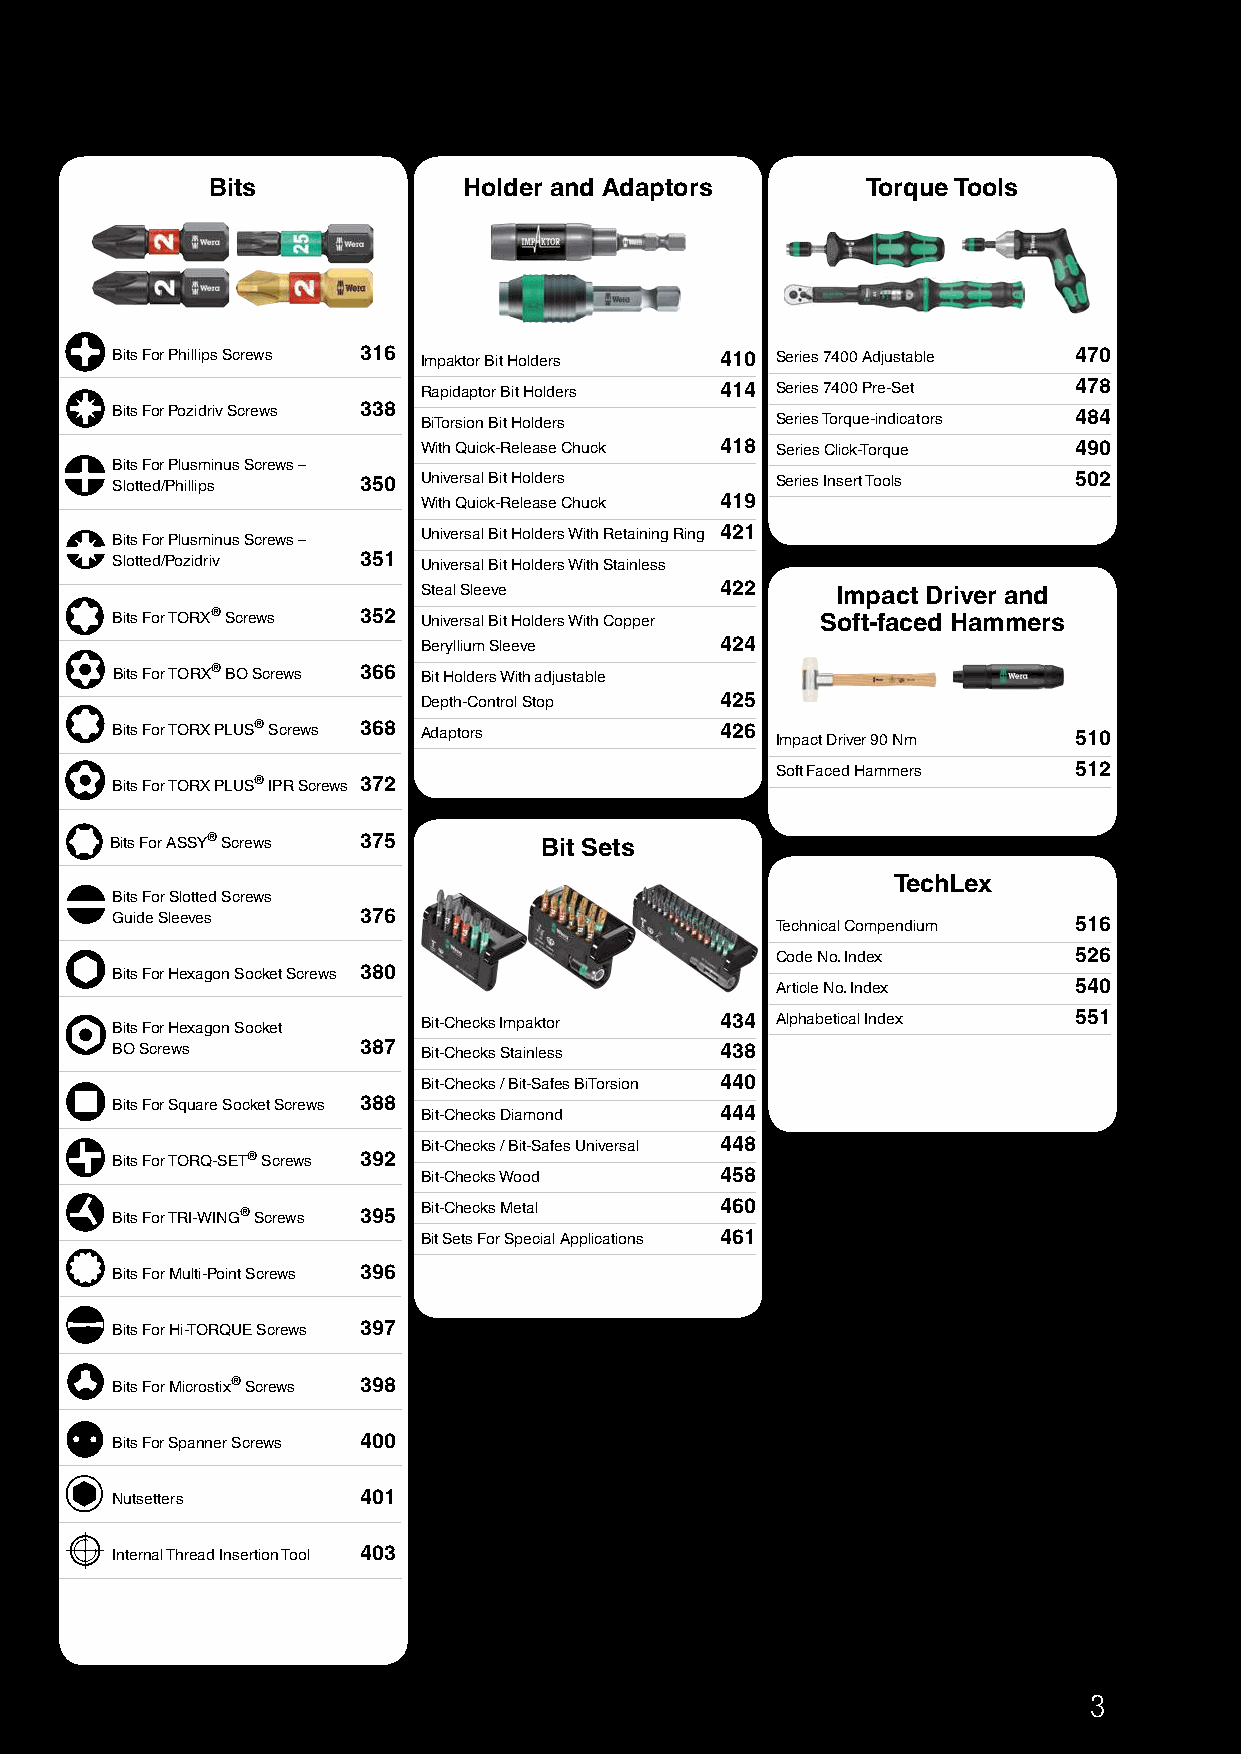
Bits             Holder and Adaptors       Torque Tools
 Bits For Phillips Screws 316 Impaktor Bit Holders 410 Series 7400 Adjustable 470
 Rapidaptor Bit Holders 414 Series 7400 Pre-Set 478
 Bits For Pozidriv Screws 338 BiTorsion Bit Holders Series Torque-indicators 484
 With Quick-Release Chuck 418 Series Click-Torque 490
 Bits For Plusminus Screws –
 Slotted/Phillips 350 Universal Bit Holders  Series Insert Tools 502
 With Quick-Release Chuck 419
 Bits For Plusminus Screws – Universal Bit Holders With Retaining Ring 421
 Slotted/Pozidriv 351 Universal Bit Holders With Stainless
 Steal Sleeve        422    Impact Driver and
 Bits For TORX® Screws 352 Universal Bit Holders With Copper Soft-faced Hammers
 Beryllium Sleeve    424
 Bits For TORX® BO Screws 366 Bit Holders With adjustable
 Depth-Control Stop  425
 Bits For TORX PLUS® Screws 368 Adaptors  426 Impact Driver 90 Nm 510
 Soft Faced Hammers  512
 Bits For TORX PLUS® IPR Screws 372
 Bits For ASSY® Screws 375    Bit Sets
 TechLex
 Bits For Slotted Screws
 Guide Sleeves    376
 Technical Compendium 516
 Code No. Index      526
 Bits For Hexagon Socket Screws 380
 Article No. Index   540
 Bits For Hexagon Socket Bit-Checks Impaktor 434 Alphabetical Index 551
 BO Screws        387 Bit-Checks Stainless 438
 Bit-Checks / Bit-Safes BiTorsion 440
 Bits For Square Socket Screws 388
 Bit-Checks Diamond  444
 Bit-Checks / Bit-Safes Universal 448
 Bits For TORQ-SET® Screws 392
 Bit-Checks Wood     458
 Bits For TRI-WING® Screws 395 Bit-Checks Metal 460
 Bit Sets For Special Applications 461
 Bits For Multi-Point Screws 396
 Bits For Hi-TORQUE Screws 397
 Bits For Microstix® Screws 398
 Bits For Spanner Screws 400
 Nutsetters       401
 Internal Thread Insertion Tool 403
 3